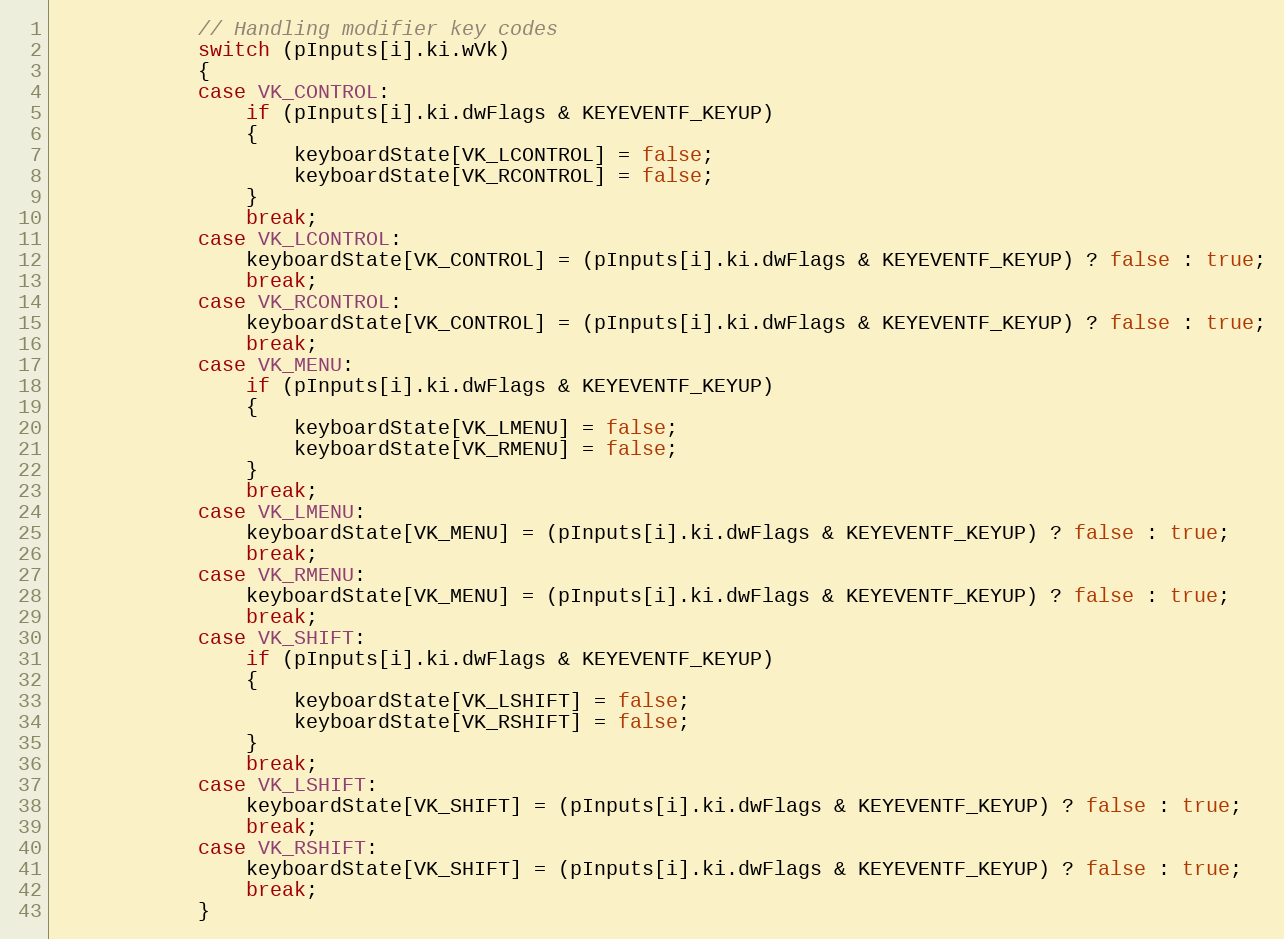
Language: C++
            // Handling modifier key codes
            switch (pInputs[i].ki.wVk)
            {
            case VK_CONTROL:
                if (pInputs[i].ki.dwFlags & KEYEVENTF_KEYUP)
                {
                    keyboardState[VK_LCONTROL] = false;
                    keyboardState[VK_RCONTROL] = false;
                }
                break;
            case VK_LCONTROL:
                keyboardState[VK_CONTROL] = (pInputs[i].ki.dwFlags & KEYEVENTF_KEYUP) ? false : true;
                break;
            case VK_RCONTROL:
                keyboardState[VK_CONTROL] = (pInputs[i].ki.dwFlags & KEYEVENTF_KEYUP) ? false : true;
                break;
            case VK_MENU:
                if (pInputs[i].ki.dwFlags & KEYEVENTF_KEYUP)
                {
                    keyboardState[VK_LMENU] = false;
                    keyboardState[VK_RMENU] = false;
                }
                break;
            case VK_LMENU:
                keyboardState[VK_MENU] = (pInputs[i].ki.dwFlags & KEYEVENTF_KEYUP) ? false : true;
                break;
            case VK_RMENU:
                keyboardState[VK_MENU] = (pInputs[i].ki.dwFlags & KEYEVENTF_KEYUP) ? false : true;
                break;
            case VK_SHIFT:
                if (pInputs[i].ki.dwFlags & KEYEVENTF_KEYUP)
                {
                    keyboardState[VK_LSHIFT] = false;
                    keyboardState[VK_RSHIFT] = false;
                }
                break;
            case VK_LSHIFT:
                keyboardState[VK_SHIFT] = (pInputs[i].ki.dwFlags & KEYEVENTF_KEYUP) ? false : true;
                break;
            case VK_RSHIFT:
                keyboardState[VK_SHIFT] = (pInputs[i].ki.dwFlags & KEYEVENTF_KEYUP) ? false : true;
                break;
            }